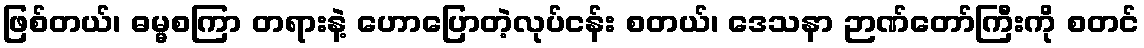
ဖြစ်တယ်၊ ဓမ္မစကြာ တရားနဲ့ ဟောပြောတဲ့လုပ်ငန်း စတယ်၊ ဒေသနာ ဉာဏ်တော်ကြီးကို စတင်